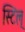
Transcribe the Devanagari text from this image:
स्टिल्